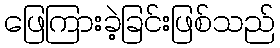
ဖြေကြားခဲ့ခြင်းဖြစ်သည်